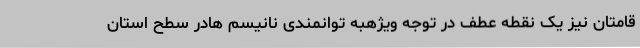
قامتان نیز یک نقطه عطف در توجه ویژهبه توانمندی نانیسم هادر سطح استان